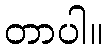
တာပါ။